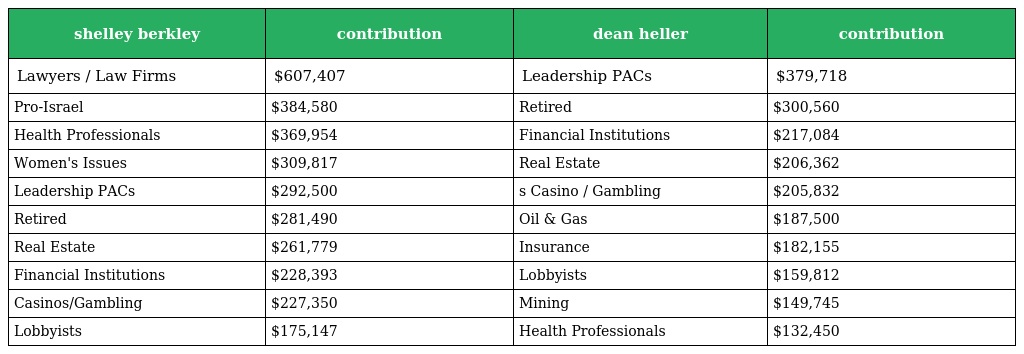
| shelley berkley | contribution | dean heller | contribution |
 | --- | --- | --- | --- |
 | Lawyers / Law Firms | $607,407 | Leadership PACs | $379,718 |
 | Pro-Israel | $384,580 | Retired | $300,560 |
 | Health Professionals | $369,954 | Financial Institutions | $217,084 |
 | Women's Issues | $309,817 | Real Estate | $206,362 |
 | Leadership PACs | $292,500 | s Casino / Gambling | $205,832 |
 | Retired | $281,490 | Oil & Gas | $187,500 |
 | Real Estate | $261,779 | Insurance | $182,155 |
 | Financial Institutions | $228,393 | Lobbyists | $159,812 |
 | Casinos/Gambling | $227,350 | Mining | $149,745 |
 | Lobbyists | $175,147 | Health Professionals | $132,450 |